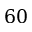
6 0